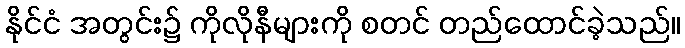
နိုင်ငံ အတွင်း၌ ကိုလိုနီများကို စတင် တည်ထောင်ခဲ့သည်။